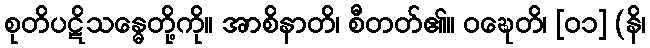
စုတိပဋိသန္ဓေတို့ကို။ အာစိနာတိ၊ စီတတ်၏။ ဝဍ္ဎေတိ၊ [၀၁] (နိ၊